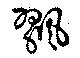
飁